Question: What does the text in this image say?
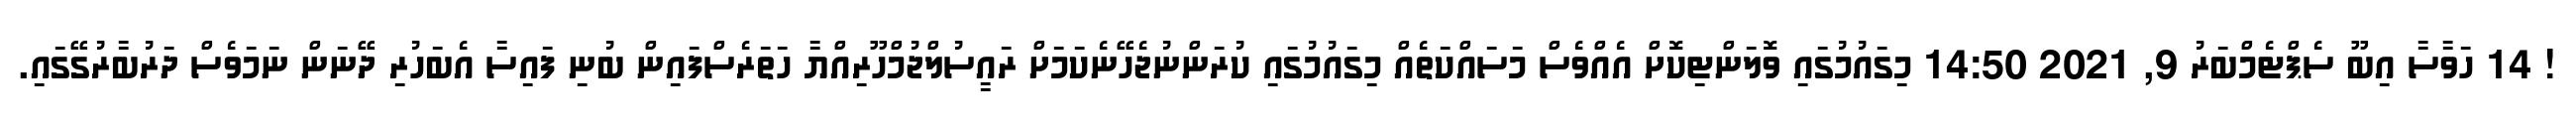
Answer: ! 14 ހަވާސާ އިބޫ ސެޕްޓެމްބަރު 9, 2021 14:50 މިގައުމުގައި ވޮލަންޓިކޮށް އެއްވެސް މަސައްކަތެއް މިގައުމުގައި ކުރަންނުޖެހޭނެކަމަށް ރައީސުލްޖުމްހޫރިއްޔާ ހަތަރެސްފައިން ބުނި ފައިސާ އެބަހުރި ދޭނަން ނަމަވެސް ދަރުބާރުގޭގައި.